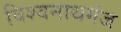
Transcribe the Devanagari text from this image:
विश्‍वनाथगंज